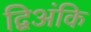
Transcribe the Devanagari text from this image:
द्विअंकि